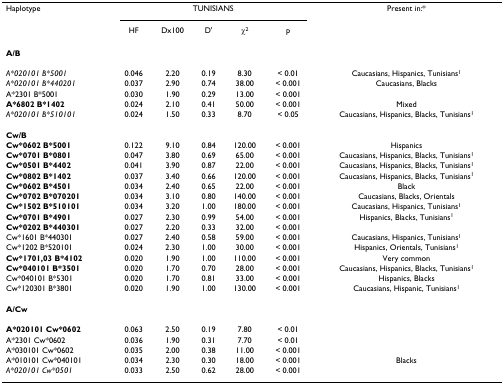
<table><thead><tr><td><b>Haplotype</b></td><td colspan="5"><b>TUNISIANS</b></td><td><b>Present in:*</b></td></tr><tr><td></td><td><b>HF</b></td><td><b>Dx100</b></td><td><b>D&#x27;</b></td><td><b>χ<sup>2</sup></b></td><td><b>p</b></td><td></td></tr></thead><tbody><tr><td><b>A/B</b></td><td></td><td></td><td></td><td></td><td></td><td></td></tr><tr><td><i>A*020101 B*5001</i></td><td>0.046</td><td>2.20</td><td>0.19</td><td>8.30</td><td>&lt; 0.01</td><td>Caucasians, Hispanics, Tunisians<sup>1</sup></td></tr><tr><td><i>A*020101 B*440201</i></td><td>0.037</td><td>2.90</td><td>0.74</td><td>38.00</td><td>&lt; 0.001</td><td>Caucasians, Blacks</td></tr><tr><td>A*2301 B*5001</td><td>0.030</td><td>1.90</td><td>0.29</td><td>13.00</td><td>&lt; 0.001</td><td></td></tr><tr><td><b>A*6802 B*1402</b></td><td>0.024</td><td>2.10</td><td>0.41</td><td>50.00</td><td>&lt; 0.001</td><td>Mixed</td></tr><tr><td><i>A*020101 B*510101</i></td><td>0.024</td><td>1.50</td><td>0.33</td><td>8.70</td><td>&lt; 0.05</td><td>Caucasians, Hispanics, Blacks, Tunisians<sup>1</sup></td></tr><tr><td><b>Cw/B</b></td><td></td><td></td><td></td><td></td><td></td><td></td></tr><tr><td><b>Cw*0602 B*5001</b></td><td>0.122</td><td>9.10</td><td>0.84</td><td>120.00</td><td>&lt; 0.001</td><td>Hispanics</td></tr><tr><td><b>Cw*0701 B*0801</b></td><td>0.047</td><td>3.80</td><td>0.69</td><td>65.00</td><td>&lt; 0.001</td><td>Caucasians, Hispanics, Blacks, Tunisians<sup>1</sup></td></tr><tr><td><b>Cw*0501 B*4402</b></td><td>0.041</td><td>3.90</td><td>0.87</td><td>22.00</td><td>&lt; 0.001</td><td>Caucasians, Hispanics, Blacks, Tunisians<sup>1</sup></td></tr><tr><td><b>Cw*0802 B*1402</b></td><td>0.037</td><td>3.40</td><td>0.66</td><td>120.00</td><td>&lt; 0.001</td><td>Caucasians, Hispanics, Blacks, Tunisians<sup>1</sup></td></tr><tr><td><b>Cw*0602 B*4501</b></td><td>0.034</td><td>2.40</td><td>0.65</td><td>22.00</td><td>&lt; 0.001</td><td>Black</td></tr><tr><td><b>Cw*0702 B*070201</b></td><td>0.034</td><td>3.10</td><td>0.80</td><td>140.00</td><td>&lt; 0.001</td><td>Caucasians, Blacks, Orientals</td></tr><tr><td><b>Cw*1502 B*510101</b></td><td>0.034</td><td>3.20</td><td>1.00</td><td>180.00</td><td>&lt; 0.001</td><td>Caucasians, Hispanics, Tunisians<sup>1</sup></td></tr><tr><td><b>Cw*0701 B*4901</b></td><td>0.027</td><td>2.30</td><td>0.99</td><td>54.00</td><td>&lt; 0.001</td><td>Hispanics, Blacks, Tunisians<sup>1</sup></td></tr><tr><td><b>Cw*0202 B*440301</b></td><td>0.027</td><td>2.20</td><td>0.33</td><td>32.00</td><td>&lt; 0.001</td><td></td></tr><tr><td>Cw*1601 B*440301</td><td>0.027</td><td>2.40</td><td>0.58</td><td>59.00</td><td>&lt; 0.001</td><td>Caucasians, Hispanics, Tunisians<sup>1</sup></td></tr><tr><td>Cw*1202 B*520101</td><td>0.024</td><td>2.30</td><td>1.00</td><td>30.00</td><td>&lt; 0.001</td><td>Hispanics, Orientals, Tunisians<sup>1</sup></td></tr><tr><td><b>Cw*1701,03 B*4102</b></td><td>0.020</td><td>1.90</td><td>1.00</td><td>110.00</td><td>&lt; 0.001</td><td>Very common</td></tr><tr><td><b>Cw*040101 B*3501</b></td><td>0.020</td><td>1.70</td><td>0.70</td><td>28.00</td><td>&lt; 0.001</td><td>Caucasians, Hispanics, Blacks, Tunisians<sup>1</sup></td></tr><tr><td>Cw*040101 B*5301</td><td>0.020</td><td>1.70</td><td>0.81</td><td>33.00</td><td>&lt; 0.001</td><td>Hispanics, Blacks</td></tr><tr><td>Cw*120301 B*3801</td><td>0.020</td><td>1.90</td><td>1.00</td><td>130.00</td><td>&lt; 0.001</td><td>Caucasians, Hispanic, Tunisians<sup>1</sup></td></tr><tr><td><b>A/Cw</b></td><td></td><td></td><td></td><td></td><td></td><td></td></tr><tr><td><b>A*020101 Cw*0602</b></td><td>0.063</td><td>2.50</td><td>0.19</td><td>7.80</td><td>&lt; 0.01</td><td></td></tr><tr><td>A*2301 Cw*0602</td><td>0.036</td><td>1.90</td><td>0.31</td><td>7.70</td><td>&lt; 0.01</td><td></td></tr><tr><td>A*030101 Cw*0602</td><td>0.035</td><td>2.00</td><td>0.38</td><td>11.00</td><td>&lt; 0.001</td><td></td></tr><tr><td>A*010101 Cw*040101</td><td>0.034</td><td>2.30</td><td>0.30</td><td>18.00</td><td>&lt; 0.001</td><td>Blacks</td></tr><tr><td><i>A*020101 Cw*0501</i></td><td>0.033</td><td>2.50</td><td>0.62</td><td>28.00</td><td>&lt; 0.001</td><td></td></tr></tbody></table>